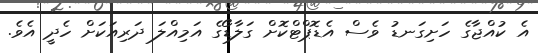
އެ ކުއްޖާގެ ހަށިގަނޑު ވެސް އެޑޮޕްޓްކޮށް ގަލާޑޯގެ އަމިއްލަ ދަރިއަކަށް ހެދީ އެވެ.